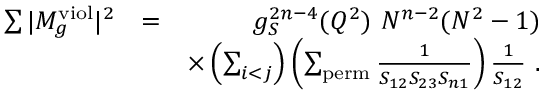
\begin{array} { r l r } { \sum \vert M _ { g } ^ { \mathrm { v i o l } } \vert ^ { 2 } } & { = } & { g _ { S } ^ { 2 n - 4 } ( Q ^ { 2 } ) ~ N ^ { n - 2 } ( N ^ { 2 } - 1 ) } \\ & { } & { \times \left( \sum _ { i < j } \right) \left( \sum _ { \mathrm { p e r m } } \frac { 1 } { S _ { 1 2 } S _ { 2 3 } S _ { n 1 } } \right) \frac { 1 } { S _ { 1 2 } } ~ . } \end{array}